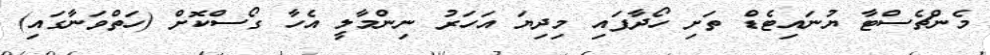
މެންޗެސްޓާ ޔުނައިޓެޑް ތަށި ހޯދާފައި މިދިޔަ އަހަރު ނިންމާލީ އެހާ ގޯސްކޮށް (ހަތްވަނާގައި)